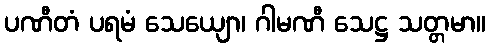
ပဏီတံ ပရမံ သေယျော၊ ဂါမဏီ သေဋ္ဌ သတ္တမာ။